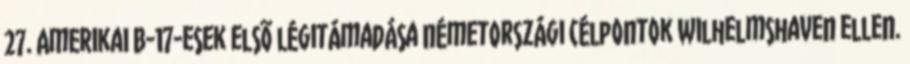
27. Amerikai B-17-esek elsõ légitámadása németországi célpontok Wilhelmshaven ellen.